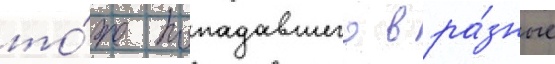
то́же попадавшего в ра́зные